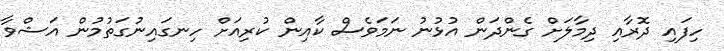
ހިފައި ދޮރާއި ދިމާލަށް ގެންދަން އުޅުނު ނަމަވެސް ކާއިން ކުރިއަށް ހިނގައިނުގަތުމުން އަޝްވާ